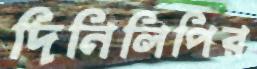
দিনিলিপির